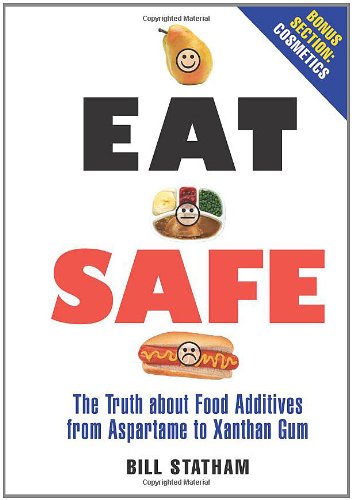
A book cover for Eat Safe: The Truth about Additives from Aspartame to Xanthan Gum; Bill Statham; Health, Fitness & Dieting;